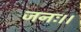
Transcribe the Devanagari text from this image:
जनः।।